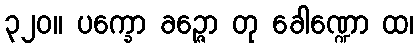
၃၂၀။ ပက္ခော ခဉ္ဇော တု ခေါဏ္ဍော ထ၊